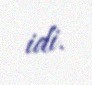
idi.